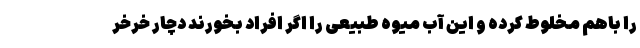
را باهم مخلوط کرده و این آب میوه طبیعی را اگر افراد بخورند دچار خرخر